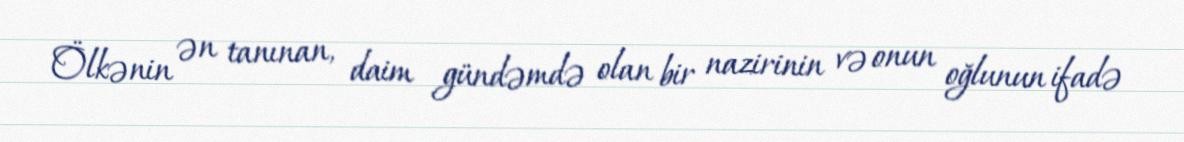
Ölkənin ən tanınan, daim gündəmdə olan bir nazirinin və onun oğlunun ifadə